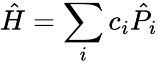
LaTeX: \hat{H}=\sum_{i}{c_{i}\hat{P}_{i}}